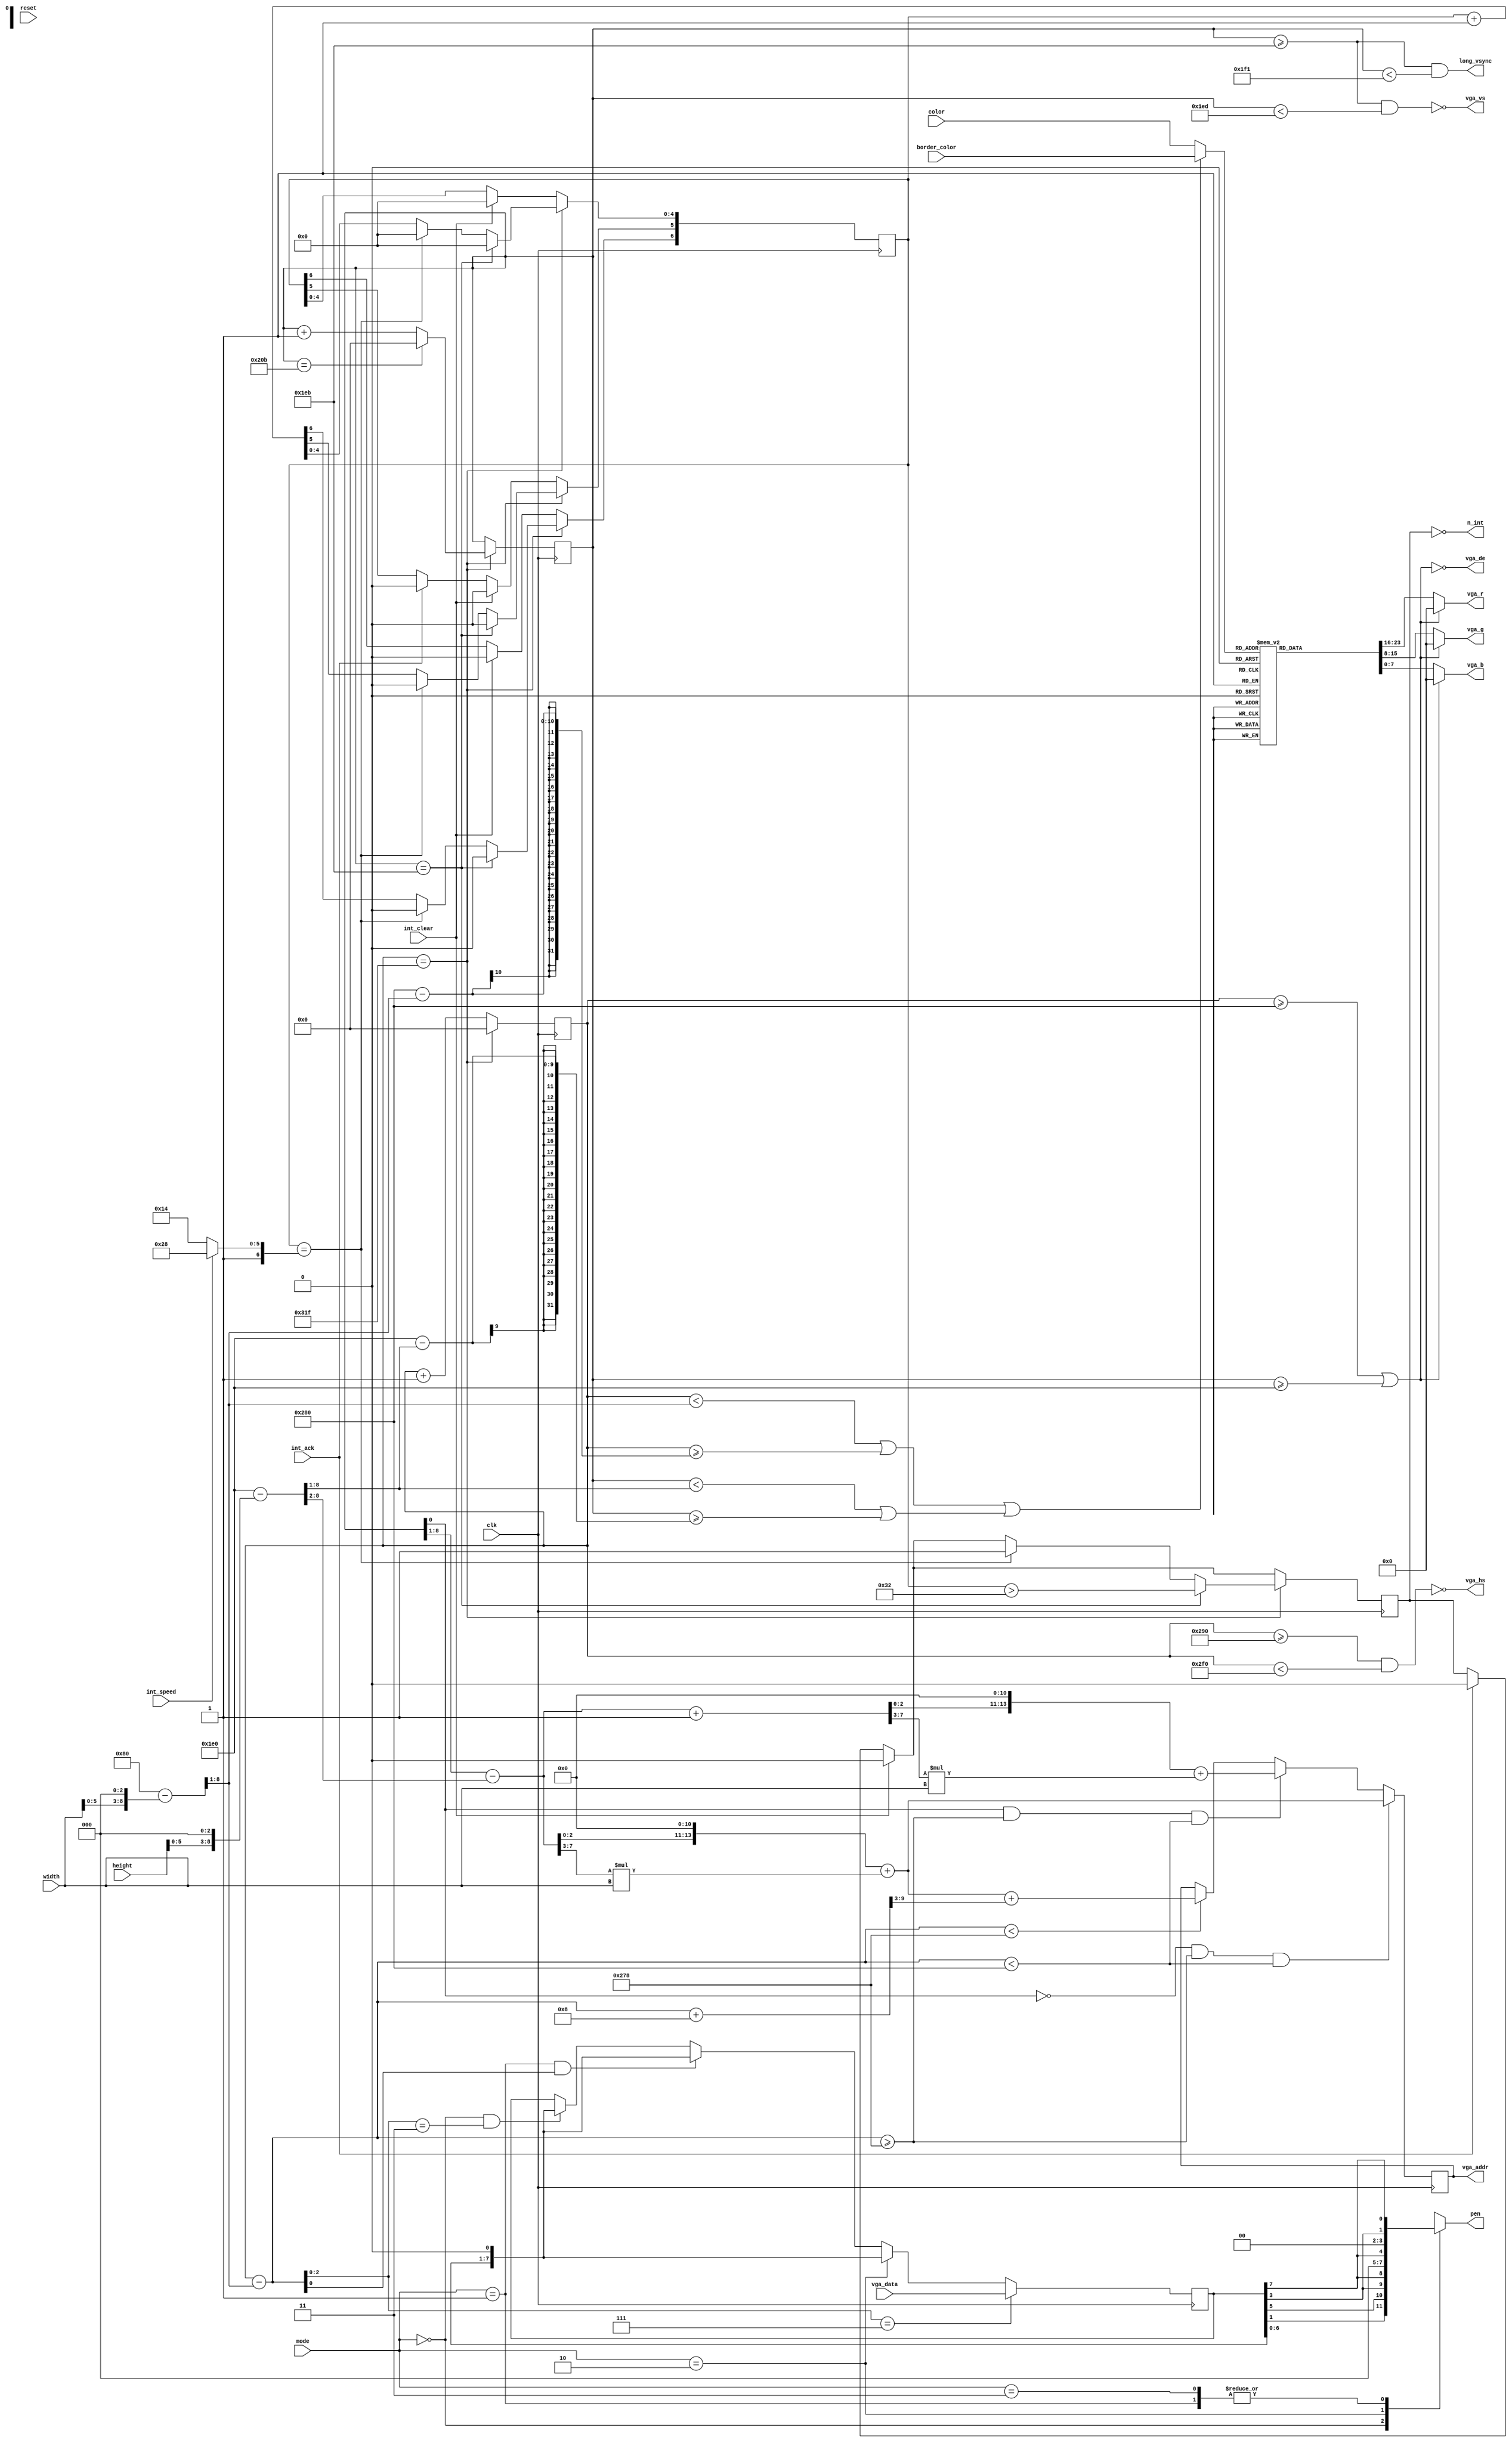
module video (
  input         clk,
  input         reset,
  output [7:0]  vga_r,
  output [7:0]  vga_b,
  output [7:0]  vga_g,
  output        vga_hs,
  output        vga_vs,
  output        vga_de,
  input  [7:0]  vga_data,
  output [13:0] vga_addr,
  input [1:0]   mode,
  input [4:0]   border_color,
  input  [4:0]  color,
  output [3:0]  pen,
  input         int_ack,
  input         int_clear,
  output        n_int,
  output        long_vsync,
  input         int_speed,
  input [6:0]   width,
  input [6:0]   height
);

  parameter HA = 640;
  parameter HS  = 96;
  parameter HFP = 16;
  parameter HBP = 48;
  parameter HT  = HA + HS + HFP + HBP;

  parameter VA = 480;
  parameter VS  = 2;
  parameter VFP = 11;
  parameter VBP = 31;
  parameter VT  = VA + VS + VFP + VBP;

  reg [9:0] hc = 0;
  reg [9:0] vc = 0;
  reg INT = 0;
  reg[6:0] int_cnt = 0;

  reg [23:0] palette [0:31];

  initial begin
    palette[0]  = 24'h808080; // White
    palette[1]  = 24'h808080; // White
    palette[2]  = 24'h00FF80; // Sea Green
    palette[3]  = 24'hffff80; // Pastel Yellow
    palette[4]  = 24'h000080; // Blue
    palette[5]  = 24'hff0080; // Purple
    palette[6]  = 24'h008080; // Cyan
    palette[7]  = 24'hff8080; // Pink
    palette[8]  = 24'hff0080; // Purple
    palette[9]  = 24'hffff80; // Pastel Yellow
    palette[10] = 24'hffff00; // Bright Yellow
    palette[11] = 24'hffffff; // Bright White
    palette[12] = 24'hff0000; // Bright Red
    palette[13] = 24'hff00ff; // Bright Magenta
    palette[14] = 24'hff8000; // Orange
    palette[15] = 24'hff8088; // Pastel Magenta
    palette[16] = 24'h000080; // Blue
    palette[17] = 24'h00ff80; // Sea Green
    palette[18] = 24'h00ff00; // Bright Green
    palette[19] = 24'h00ffff; // Bright Cyan
    palette[20] = 24'h000000; // Black
    palette[21] = 24'h0000ff; // Bright Blue
    palette[22] = 24'h008000; // Green
    palette[23] = 24'h0080ff; // Sky Blue
    palette[24] = 24'h800080; // Magenta
    palette[25] = 24'h80ff00; // Pastel Green
    palette[26] = 24'h80ff00; // Lime
    palette[27] = 24'h80FFFF; // Pastel Cyan
    palette[28] = 24'h800000; // Red
    palette[29] = 24'h8000FF; // Mauve
    palette[30] = 24'h808000; // Yellow
    palette[31] = 24'h8080FF; // Pastel Blue
  end

  assign n_int = !INT;

  // Set horizontal and vertical counters, and process interrupts
  always @(posedge clk) begin
    if (int_ack) begin
      INT <= 0;
      int_cnt[5] <= 0;
    end
    if (int_clear) begin
       INT <= 0;
       int_cnt <= 0;
    end
    if (hc == HT - 1) begin
      hc <= 0;
      int_cnt <= int_cnt + 1;
      if (int_cnt == (int_speed ? 104 : 84)) begin
        int_cnt <= 0;
        INT <= 1;
      end
      if (vc == VA + VFP) begin // 1 hsync after vsync starts
        int_cnt <= 0;
	INT <= int_cnt > 50;
      end
      if (vc == VT - 1) vc <= 0;
      else vc <= vc + 1;
    end else hc <= hc + 1;
  end

  assign vga_hs = !(hc >= HA + HFP && hc < HA + HFP + HS);
  assign vga_vs = !(vc >= VA + VFP && vc < VA + VFP + VS);
  assign vga_de = !(hc >= HA || vc >= VA);
  assign long_vsync = (vc >= VA + VFP && vc < VA + VFP + VS + 4);

  wire [7:0] vb = (480 - (height << 3)) >> 1;
  wire [6:0] vb2 = vb >> 1;

  wire [7:0] hb = (640 - (width << 3)) >> 1;

  wire [9:0] x = hc - hb;
  wire [7:0] y = vc[9:1] - vb2;

  wire [9:0] x8 = x + 8;
  wire [7:0] y1 = y + 1;

  wire h_border = (hc < hb || hc >= (HA - hb));
  wire v_border = (vc < vb || vc >= VA - vb);
  wire border = h_border || v_border;

  reg [7:0] pixels;

  // Read video memory
  always @(posedge clk) begin
    if (x < HA - 8) vga_addr <= {y[2:0], 11'b0} + (y[7:3] * width) + x8[9:3];
    if (vc[0] == 1 && x >= HA - 8 && x < HA) vga_addr <= {y1[2:0], 11'b0} + (y1[7:3] * width); // First byte of next line
    if (vc[0] == 0 && x >= HA - 8 && x < HA) vga_addr <= {y[2:0], 11'b0} + (y[7:3] * width);
    if (x[2:0] == 7) pixels <= vga_data;
    else begin
      if (mode == 0 && x[2:0] == 3) pixels <= {pixels[6:0], 1'b0};
      if (mode == 1 && x[0] == 1) pixels <= {pixels[6:0], 1'b0};
      if (mode == 2) pixels <= {pixels[6:0], 1'b0};
    end
  end

  always @* begin
    case (mode) 
      0: pen = {pixels[1], pixels[5], pixels[3], pixels[7]};
      1: pen = {2'b0, pixels[3], pixels[7]};
      2: pen = {3'b0, pixels[7]};
      3: pen = {2'b0, pixels[3], pixels[7]};
    endcase
  end

  wire [4:0] col = border ? border_color : color;

  wire [7:0] red = palette[col][23:16];
  wire [7:0] green = palette[col][15:8];
  wire [7:0] blue = palette[col][7:0];

  assign vga_r = !vga_de ? 8'b0 : red;
  assign vga_g = !vga_de ? 8'b0 : green;
  assign vga_b = !vga_de ? 8'b0 : blue;

endmodule